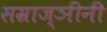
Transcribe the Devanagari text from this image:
सम्राज्ञींनी